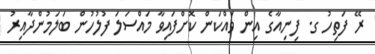
ރޭ ފަތިހު ގ. ފިނިއާގެ އިން ވައްކަން ކޮށްފައިވާ މައްސަލަ ފުލުުހުން ބަލަމުންދާއިރު